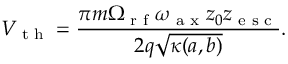
V _ { \textrm { t h } } = \frac { \pi m \Omega _ { \textrm { r f } } \omega _ { \textrm { a x } } z _ { 0 } z _ { \textrm { e s c } } } { 2 q \sqrt { \kappa ( a , b ) } } .